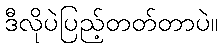
ဒီလိုပဲပြည့်တတ်တာပဲ။